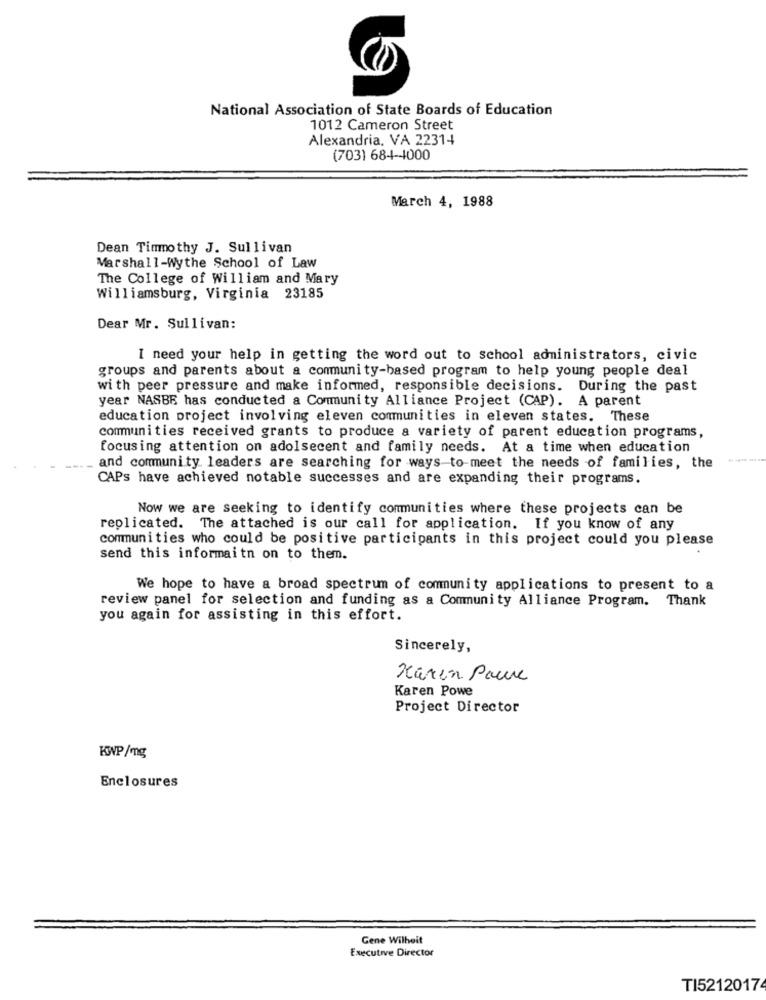
National Association of State Boards of Education
1012 Cameron Street
Alexandria, VA 22314
(703) 684-44000
March 4, 1988
Dean Timmothy J. Sullivan
Marshall-Wythe School of Law
The College of William and Mary
Williamsburg, Virginia 23185
Dear Mr. Sullivan:
I need your help in getting the word out to school administrators, civic
groups and parents about a community-based program to help young people deal
with peer pressure and make informed, responsible decisions. During the past
year NASBE has conducted a Community Alliance Project (CAP). A parent
education project involving eleven communities in eleven states. These
communities received grants to produce a variety of parent education programs,
focusing attention on adolsecent and family needs. At a time when education
---
and community leaders are searching for ways to-meet the needs of families, the
CAPs have achieved notable successes and are expanding their programs.
Now we are seeking to identify communities where these projects can be
replicated. The attached is our call for application. If you know of any
communities who could be positive participants in this project could you please
send this informaitn on to them.
We hope to have a broad spectrum of community applications to present to a
review panel for selection and funding as a Community Alliance Program. Thank
you again for assisting in this effort.
Sincerely,
Karin Paure
Karen Powe
Project Director
KWP/mg
Enclosures
Gene Wilheit
Executive Director
TI52120174